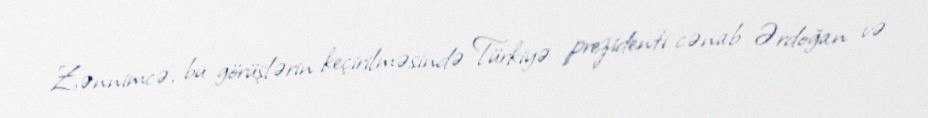
Zənnimcə, bu görüşlərin keçirilməsində Türkiyə prezidenti cənab Ərdoğan və